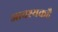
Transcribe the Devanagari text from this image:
आवश्यकहै